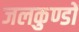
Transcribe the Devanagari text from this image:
जलकुण्डों